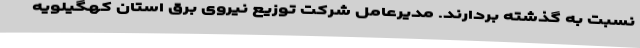
نسبت به گذشته بردارند. مدیرعامل شرکت توزیع نیروی برق استان کهگیلویه